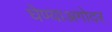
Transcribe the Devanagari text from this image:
घेण्याअगोदर